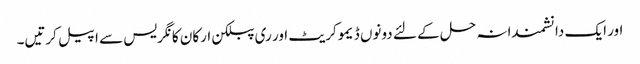
اور ایک دانشمندانہ حل کے لئے دونوں ڈیموکریٹ اور ری پبلکن ارکان کانگریس سے اپیل کرتیں۔